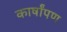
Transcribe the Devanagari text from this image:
कार्षांपण